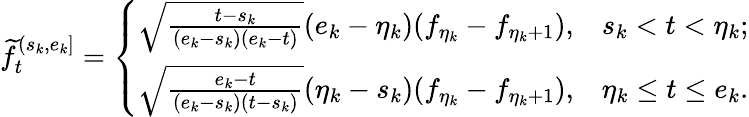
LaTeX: \begin{array}{r}{\widetilde f_{t}^{(s_{k},e_{k}]}=\left\{ \begin{array}{ll}{\sqrt{\frac{t-s_{k}}{(e_{k}-s_{k})(e_{k}-t)}}(e_{k}-\eta_{k})(f_{\eta_{k}}-f_{\eta_{k}+1}),}&{s_{k}<t<\eta_{k};}\\ {\sqrt{\frac{e_{k}-t}{(e_{k}-s_{k})(t-s_{k})}}(\eta_{k}-s_{k})(f_{\eta_{k}}-f_{\eta_{k}+1}),}&{\eta_{k}\le t\le e_{k}.}\end{array}\right.}\end{array}